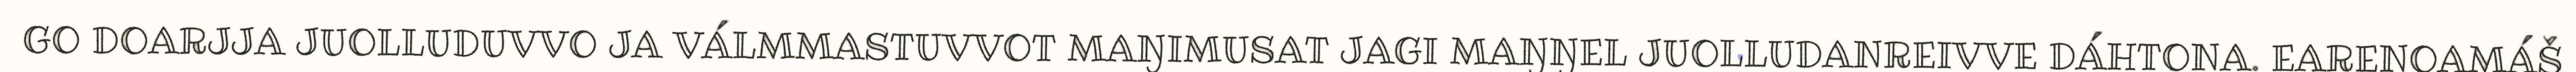
GO DOARJJA JUOLLUDUVVO JA VÁLMMASTUVVOT MAŊIMUSAT JAGI MAŊŊEL JUOLLUDANREIVVE DÁHTONA. EARENOAMÁŠ